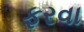
ફરવા